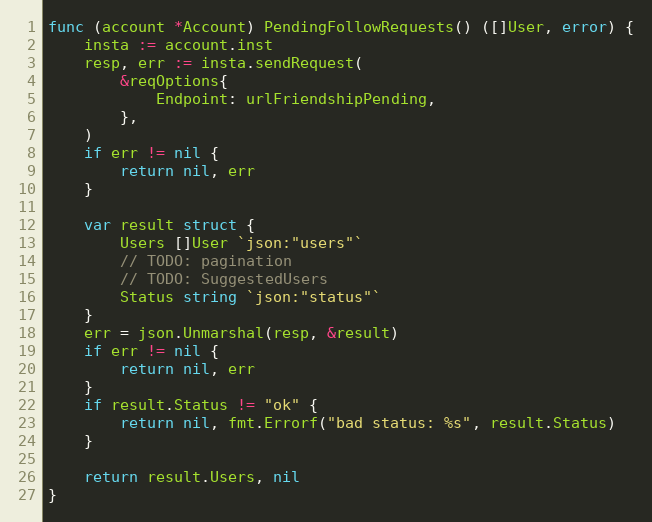
Language: Go
func (account *Account) PendingFollowRequests() ([]User, error) {
	insta := account.inst
	resp, err := insta.sendRequest(
		&reqOptions{
			Endpoint: urlFriendshipPending,
		},
	)
	if err != nil {
		return nil, err
	}

	var result struct {
		Users []User `json:"users"`
		// TODO: pagination
		// TODO: SuggestedUsers
		Status string `json:"status"`
	}
	err = json.Unmarshal(resp, &result)
	if err != nil {
		return nil, err
	}
	if result.Status != "ok" {
		return nil, fmt.Errorf("bad status: %s", result.Status)
	}

	return result.Users, nil
}